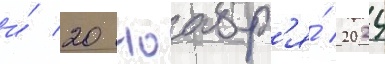
и́ 20 ноабр'я́ 2024